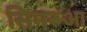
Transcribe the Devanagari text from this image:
सिमरुआ